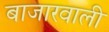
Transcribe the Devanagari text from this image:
बाजारवाली